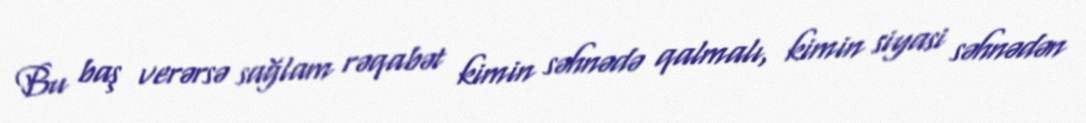
Bu baş verərsə sağlam rəqabət kimin səhnədə qalmalı, kimin siyasi səhnədən